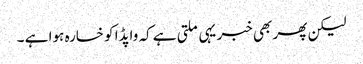
لیکن پھر بھی خبر یہی ملتی ہے کہ واپڈا کو خسارہ ہوا ہے ۔